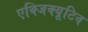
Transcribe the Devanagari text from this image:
एक्‍जिक्‍यूटिव